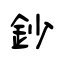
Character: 鈔